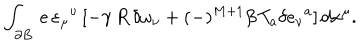
LaTeX: \int _ { \partial B } \, e \, \varepsilon _ { \mu } { } ^ { \nu } \, [ - \gamma \, R \, \delta \omega _ { \nu } + ( - ) ^ { M + 1 } \beta \, T _ { a } \delta e _ { \nu } { } ^ { a } ] \, d x ^ { \mu } .